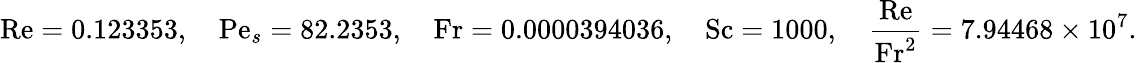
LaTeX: \mathrm{Re}=0.123353,\quad\mathrm{Pe}_{s}=82.2353,\quad\mathrm{Fr}=0.0000394036,\quad\mathrm{Sc}=1000,\quad\frac{\mathrm{Re}}{\mathrm{Fr^{2}}}=7.94468\times 10^{7}.